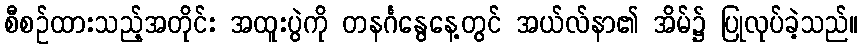
စီစဉ်ထားသည့်အတိုင်း အထူးပွဲကို တနင်္ဂနွေနေ့တွင် အယ်လ်နာ၏ အိမ်၌ ပြုလုပ်ခဲ့သည်။